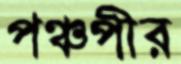
পঞ্চপীর